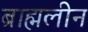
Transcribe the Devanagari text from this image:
ब्राह्मलीन